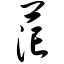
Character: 茫